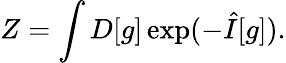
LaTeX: Z=\int D[g]\exp(-\hat{I}[g]).